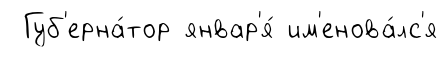
Губ'ерна́тор январ'я́ им'енова́лс'я